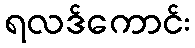
ရလဒ်ကောင်း